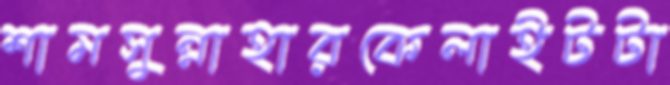
শামসুন্নাহারকেলাইটটা